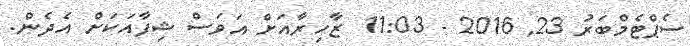
ސެޕްޓެމްބަރު 23